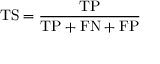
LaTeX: \mathrm { T S } = { \frac { \mathrm { T P } } { \mathrm { T P } + \mathrm { F N } + \mathrm { F P } } }